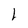
Character: l